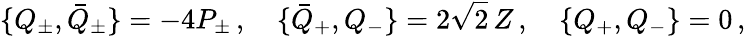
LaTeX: \{ Q_{\pm},\bar{Q}_{\pm}\} =-4P_{\pm}\, ,\quad\{ \bar{Q}_{+},Q_{-}\} =2\sqrt{2}\, Z\, ,\quad\{ Q_{+},Q_{-}\} =0\, ,